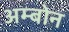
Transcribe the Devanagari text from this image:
अम्बोन